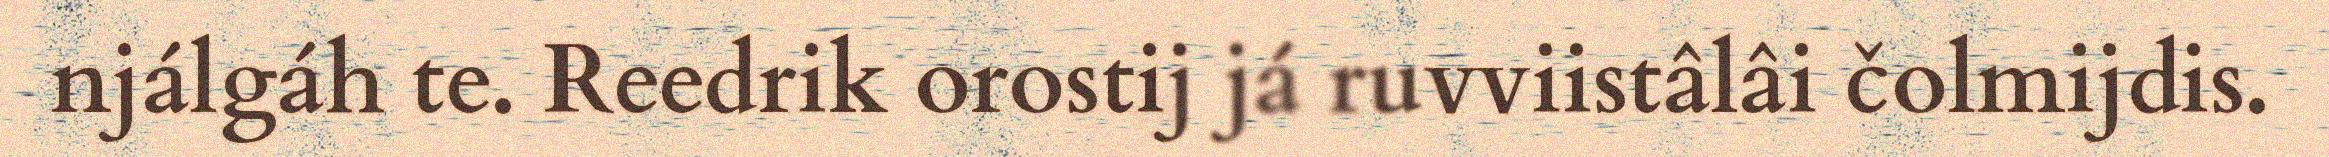
njálgáh te. Reedrik orostij já ruvviistâlâi čolmijdis.